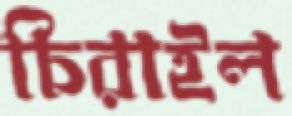
চিরাইল